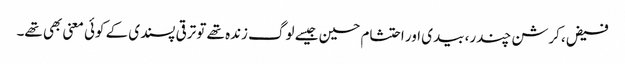
فیض، کرشن چندر، بیدی اور احتشام حسین جیسے لوگ زندہ تھے تو ترقی پسندی کے کوئی معنی بھی تھے۔